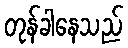
တုန်ခါနေသည်